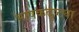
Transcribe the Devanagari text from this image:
भाषकदृष्ट्या